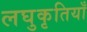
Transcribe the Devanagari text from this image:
लघुकृतियाँ